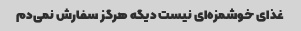
غذای خوشمزه‌ای نیست دیگه هرگز سفارش نمی‌دم